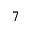
^ { 7 }